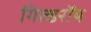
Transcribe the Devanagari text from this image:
गिल्डरॉय